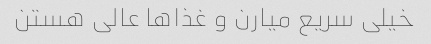
خیلی سریع میارن و غذا‌ها عالی هستن